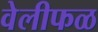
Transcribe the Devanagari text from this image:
वेलीफळ